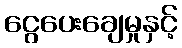
ငွေပေးချေမှုနှင့်